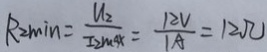
R _ { 2 \min } = \frac { U _ { 2 } } { I _ { 2 m s x } } = \frac { 1 2 V } { 1 A } = 1 2 \Omega